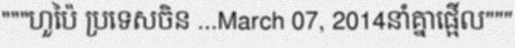
"""ហួប៉ៃ ប្រទេសចិន ...March 07, 2014នាំគ្នាផ្អើល"""